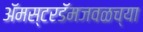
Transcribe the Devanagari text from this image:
ॲमस्टरडॅमजवळच्या